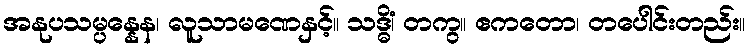
အနုပသမ္ပန္နေန၊ လူသာမဏေနှင့်။ သဒ္ဓိံ၊ တကွ။ ဧကတော၊ တပေါင်းတည်း။